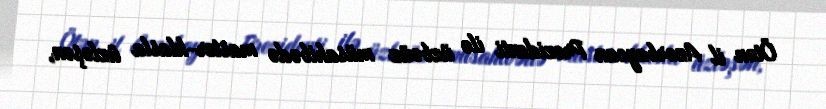
Ötən il Azərbaycan Prezidenti ilə üzbəüz müsahibədə master-klasla üzləşən,